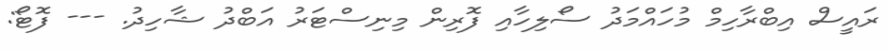
ރައީސް އިބްރާހިމް މުހައްމަދު ސޯލިހާއި ފޮރިން މިނިސްޓަރު އަބްދު ޝާހިދު. --- ފޮޓޯ: